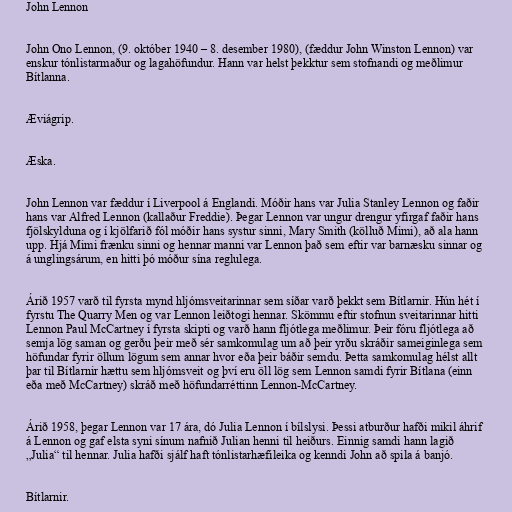
John Lennon

John Ono Lennon, (9. október 1940 – 8. desember 1980), (fæddur John Winston Lennon) var
enskur tónlistarmaður og lagahöfundur. Hann var helst þekktur sem stofnandi og meðlimur
Bítlanna.

Æviágrip.

Æska.

John Lennon var fæddur í Liverpool á Englandi. Móðir hans var Julia Stanley Lennon og faðir
hans var Alfred Lennon (kallaður Freddie). Þegar Lennon var ungur drengur yfirgaf faðir hans
fjölskylduna og í kjölfarið fól móðir hans systur sinni, Mary Smith (kölluð Mimi), að ala hann
upp. Hjá Mimi frænku sinni og hennar manni var Lennon það sem eftir var barnæsku sinnar og
á unglingsárum, en hitti þó móður sína reglulega.

Árið 1957 varð til fyrsta mynd hljómsveitarinnar sem síðar varð þekkt sem Bítlarnir. Hún hét í
fyrstu The Quarry Men og var Lennon leiðtogi hennar. Skömmu eftir stofnun sveitarinnar hitti
Lennon Paul McCartney í fyrsta skipti og varð hann fljótlega meðlimur. Þeir fóru fljótlega að
semja lög saman og gerðu þeir með sér samkomulag um að þeir yrðu skráðir sameiginlega sem
höfundar fyrir öllum lögum sem annar hvor eða þeir báðir semdu. Þetta samkomulag hélst allt
þar til Bítlarnir hættu sem hljómsveit og því eru öll lög sem Lennon samdi fyrir Bítlana (einn
eða með McCartney) skráð með höfundarréttinn Lennon-McCartney.

Árið 1958, þegar Lennon var 17 ára, dó Julia Lennon í bílslysi. Þessi atburður hafði mikil áhrif
á Lennon og gaf elsta syni sínum nafnið Julian henni til heiðurs. Einnig samdi hann lagið
„Julia“ til hennar. Julia hafði sjálf haft tónlistarhæfileika og kenndi John að spila á banjó.

Bítlarnir.